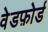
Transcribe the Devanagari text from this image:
वेडफ़ोर्ड